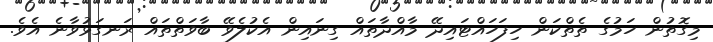
މިގޮތުން ހަމުގެ ތެތްކަން ހިފަހައްޓައިދޭ މާއްދާތައް ގިނައިން އެކުލެވޭ ބާވަތްތައް ރަނގަޅުވާނެ އެވެ.